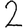
Digit: 2